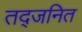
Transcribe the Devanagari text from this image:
तद्जनित